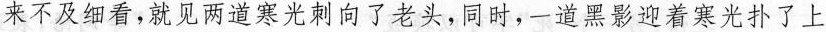
来不及细看，就见两道寒光刺向了老头，同时，-道黑影迎着寒光扑了上